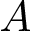
A